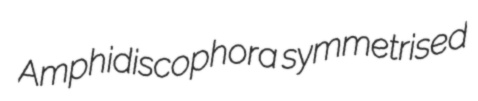
Amphidiscophora symmetrised